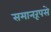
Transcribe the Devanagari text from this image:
समानरूपसे